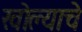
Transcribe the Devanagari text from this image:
खोल्याचे